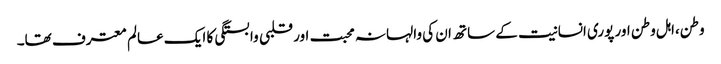
وطن،اہل وطن اور پوری انسانیت کے ساتھ ان کی والہانہ محبت اور قلبی وابستگی کا ایک عالم معترف تھا۔